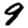
Digit: 9